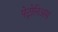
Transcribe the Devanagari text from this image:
पेट्रोनिअस